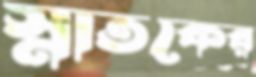
স্নাতকের